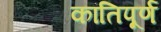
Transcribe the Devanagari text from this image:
कांतिपूर्ण